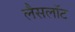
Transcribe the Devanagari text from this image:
लैसलॉट